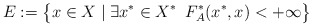
\begin{align*}E&:=\big\{x\in X\mid \exists x^*\in X^*\,\,\, F^*_A(x^*,x)<+\infty\big\}\end{align*}